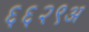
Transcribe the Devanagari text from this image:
६६२९अ